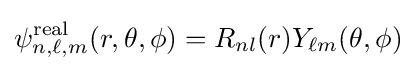
\psi _{n,\ell ,m}^{\text{real}}(r,\theta ,\phi )=R_{nl}(r)Y_{\ell m}(\theta ,\phi )